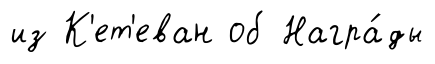
из К'ет'еван об Награ́ды